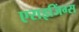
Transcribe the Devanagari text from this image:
एराइजिंग्स